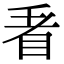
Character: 𭾩